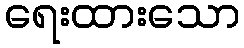
ရေးထားသော